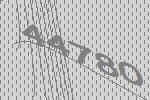
44780